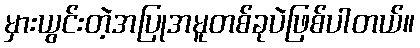
မှားယွင်းတဲ့အပြုအမူတစ်ခုပဲဖြစ်ပါတယ်။